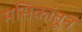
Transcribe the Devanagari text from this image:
मसिकांतून